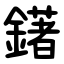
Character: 鐯